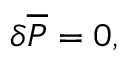
\delta { \overline { { { \cal P } } } } = 0 ,